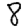
Digit: 8